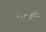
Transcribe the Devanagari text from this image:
रितेशची